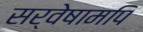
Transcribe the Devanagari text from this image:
सर्वेषामपि